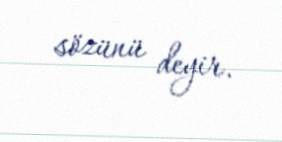
sözünü deyir.